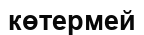
көтермей